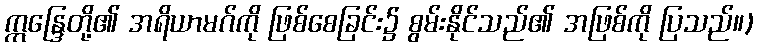
ဣန္ဒြေတို့၏ အရိယာမဂ်ကို ဖြစ်စေခြင်း၌ စွမ်းနိုင်သည်၏ အဖြစ်ကို ပြသည်။)